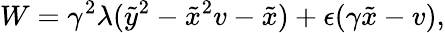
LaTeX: W=\gamma^{2}\lambda(\tilde{y}^{2}-\tilde{x}^{2}v-\tilde{x})+\epsilon(\gamma\tilde{x}-v),